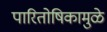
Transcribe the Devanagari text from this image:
पारितोषिकामुळे